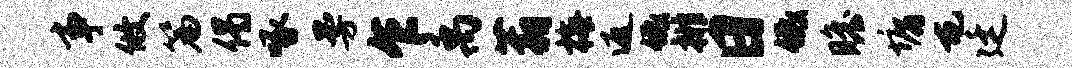
事攸篇偈啄曼乍禹蓊梅返低排日低瞻墉屯廷